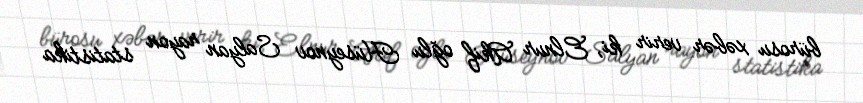
bürosu xəbər verir ki, Elnur Akif oğlu Hüseynov Salyan rayon statistika